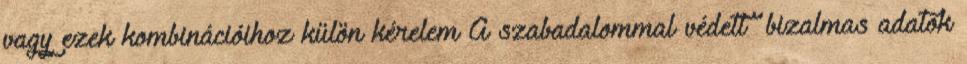
vagy ezek kombinációihoz külön kérelem A szabadalommal védett bizalmas adatok